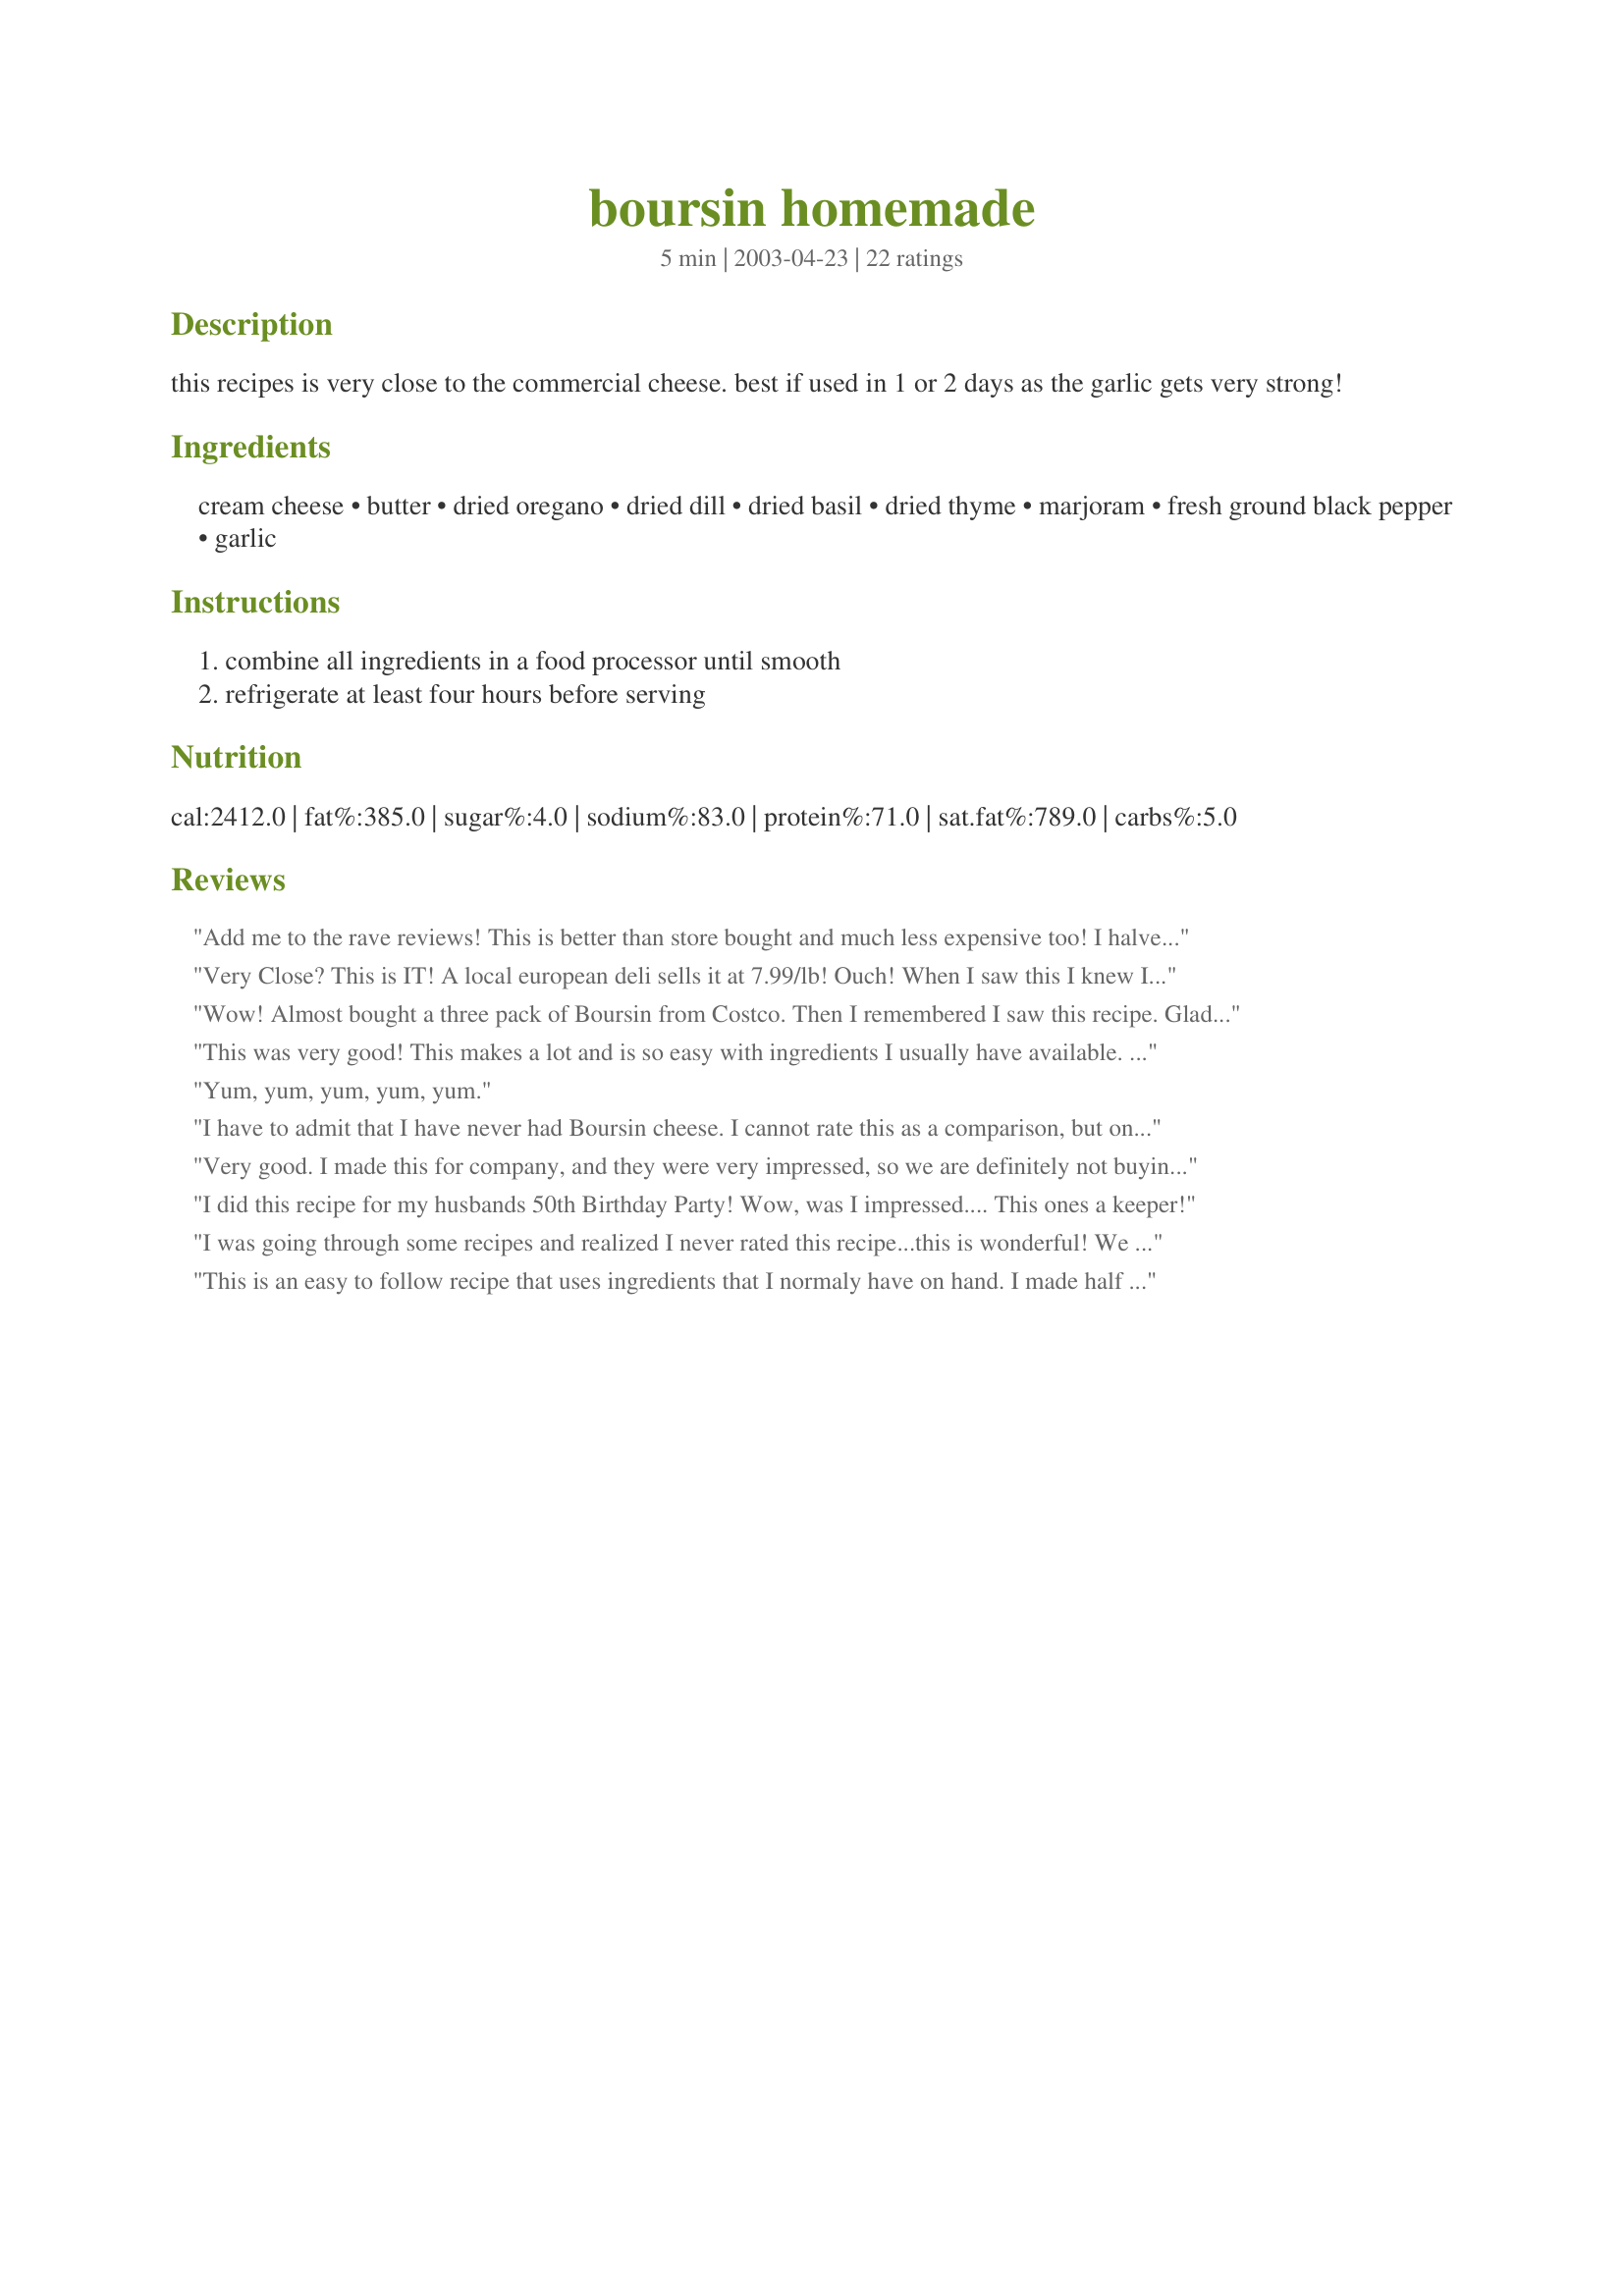
boursin homemade
Preparation time: 5 minutes

this recipes is very close to the commercial cheese. best if used in 1 or 2 days as the garlic gets very strong!

Ingredients:
cream cheese, butter, dried oregano, dried dill, dried basil, dried thyme, marjoram, fresh ground black pepper, garlic

Steps:
combine all ingredients in a food processor until smooth, refrigerate at least four hours before serving

Reviews:
Add me to the rave reviews! This is better than store bought and much less expensive too! I halved the recipe for DH and myself, but I will make the full recipe next time! The herb blend is perfect and I did not think the garlic was at all overpowering! For something that whips up in seconds this just tastes WAY too good!
Very Close? This is IT! A local european deli sells it at 7.99/lb! Ouch! When I saw this I knew I had to try it and it was awesome! Used a bit extra dill but that was it. Also had to use garlic powder, didnt have the cloves of garlic but this was still spectacular..Thank you so much!
Wow! Almost bought a three pack of Boursin from Costco. Then I remembered I saw this recipe. Glad I did, it was cheaper to make and wonderful taste! Thanks!
This was very good! This makes a lot and is so easy with ingredients I usually have available. I tried it with gourmet crackers, Wheat Thins, and carrot sticks. All were wonderful. I did not find the garlic flavor to get stronger over time.
Yum, yum, yum, yum, yum.
I have to admit that I have never had Boursin cheese. I cannot rate this as a comparison, but on it's own merit it is a great recipe. I made it for Thanksgiving and everyone loved it. It was a big hit. Next time I'll add a little more garlic because we are garlic fans. Thanks for a great recipe.
Very good. I made this for company, and they were very impressed, so we are definitely not buying the premade stuff again! Thanks for such an easy and tasty recipe!
I did this recipe for my husbands 50th Birthday Party!
Wow, was I impressed....
This ones a keeper!
I was going through some recipes and realized I never rated this recipe...this is wonderful! We served with crackers and enjoyed this more on the second day after making.
This is an easy to follow recipe that uses ingredients that I normaly have on hand. I made half the recipe as shown. I used part of it on Mean Chef's Potatoes. We are enjoying snacking on the rest. This is a very flavorful cheese. Thanks for sharing your recipe.
This was easy and delicious! Reminded me of Alouette brand soft cheese that costs about $4.50 a serving at the store!
This is great! However, I disagree that it should be used quickly. It keeps a long time if tightly covered without the garlic becoming overpowering!
Yep... great flavour. We liked this a lot. It made heaps, is tasty and we came back for more. Our version of cream cheese (Kwaark) is more liquid than something like Phillidelphia so next time I will experiment so that I can get it a little firmer in consistancy. No problem with the taste, it's great, and this goes into my handwritten cookbook. Please see my rating system.. a well deserved 4 stars. Thanks !
excellent and easy. Used italian herb mix and fresh basil.
made recipe#290323.
I have made as a spread, but I also use the herb portions to make ranch dressing. Omit cream cheese and butter and add the herbs to a mixture of buttermilk and mayo. Delicious.
This is incredibly easy and delish!! Makes a LOT. People kept eating until I ran out of snack crackers. Then my husband pulled out the saltines and they were at it again. Thank you so much for posting this recipe.
I made a major change in the recipe, but it was sooooo good I just had to share in case there is someone else out there who might be interested. No cream cheese for me so I used a well drained block of fat-free yogurt cheese (my own drained for 24 hours). Skipped the butter as well. The flavors were just like the real thing and more than offset the loss of fat. One caution, by day three, should yours last that long, the garlic gets a tad sharp. Just another reason to enjoy it sooner. This will become a regular for me. Thanks!
Excellent! I substituted low fat cream cheese (now that's an oxymoron!!) and added extra garlic. I served it with freshly baked whole wheat French bread and a salad, delicious. DJM, thanks for this recipe.
This is agreat recipe,used it for recipe#91795.Also on some crackers.Thanks Linda
Superb boursin!! I used it in recipe #81902 and it was wonderful!! I wouldn't change a thing! Thanks, DJM!
LOVE IT! I like to serve Boursin and crackers at parties, but the kind you buy at the store is SO expensive and you only get a small amount. This recipe tastes exactly the same and the texture is better (not as crumbly as the store-bought kind). THANKS!
This is great! A caterer brought in some boursin stuffed bacon wrapped chicken and it was great so I found this and used the recipe on here and made my own. It froze well in the chicken too. I halfed the recipe also since it's only the 2 of us and didn't find the garlic overpowering after a week. Good stuff!!
